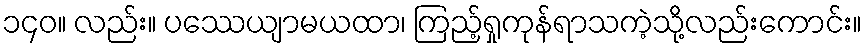
၁၄၀။ လည်း။ ပဿေယျာမယထာ၊ ကြည့်ရှုကုန်ရာသကဲ့သို့လည်းကောင်း။